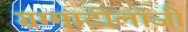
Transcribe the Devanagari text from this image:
ग्रम्माटोलॉजी